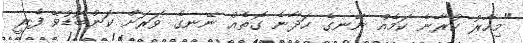
"މިހާރު ކުރާނެ ކަމެއް ނޭނގެ ހަދާނެ ގޮތެއް ނޭނގެ ވަރަށް ކަންބޮޑުވޭ ފެރީ